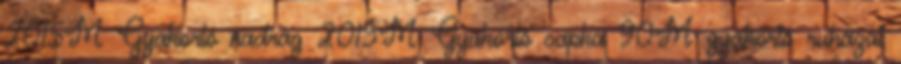
2015M Gyakorló nadrág 2015M Gyakorló sapka 90M gyakorló ruházat